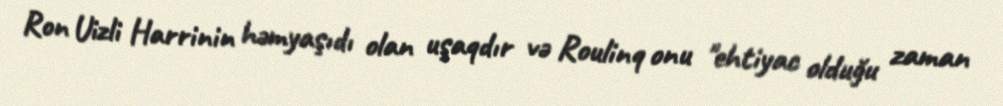
Ron Uizli Harrinin həmyaşıdı olan uşaqdır və Roulinq onu "ehtiyac olduğu zaman